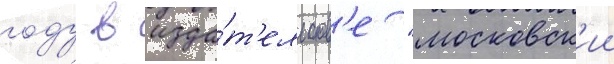
году в изда́т'ельств'е "московск'ии